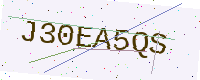
Text: J30EA5QS